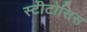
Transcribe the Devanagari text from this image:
स्टीटोसिस